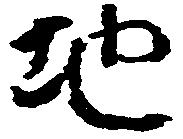
地